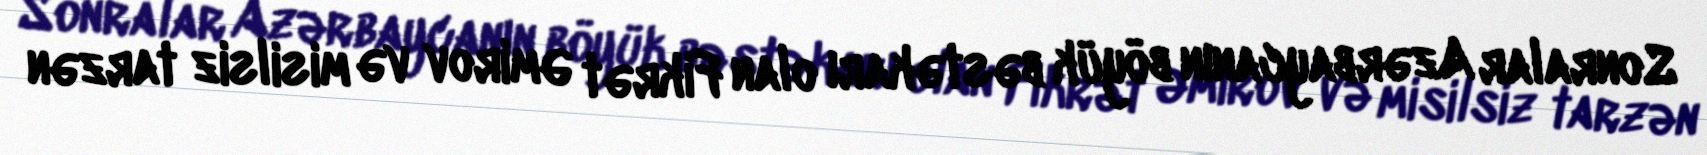
Sonralar Azərbaycanın böyük bəstəkarı olan Fikrət Əmirov və misilsiz tarzən